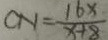
C N = \frac { 1 6 x } { x + 8 }